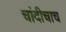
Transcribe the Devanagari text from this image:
चांदीचाच